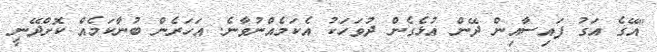
"އޭގެ އަގު ފައިސާއިން ދޭން އުޅެގެން ދުވަހަކު އެކަމެއްނުވާނެ. އަހަރެން ބުނާކަމެއް ކޮށްދޭނީ